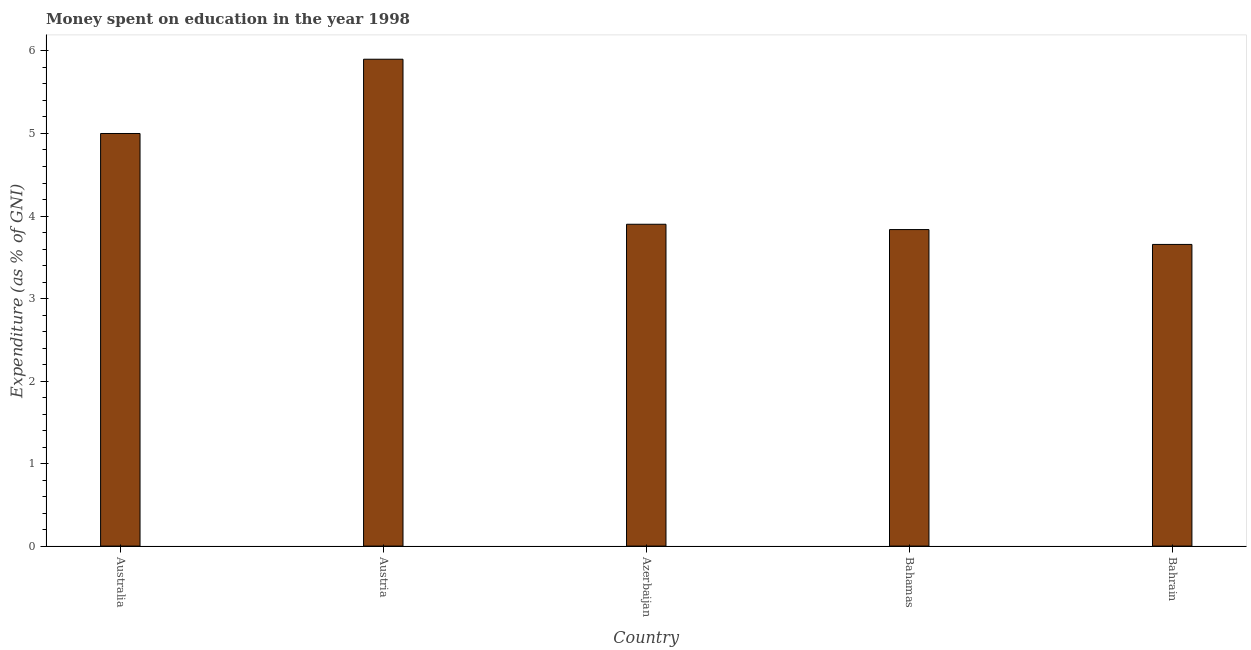
| Country | Education expenditure |
 | --- | --- |
 | Australia | 5 |
 | Austria | 5.9 |
 | Azerbaijan | 3.9 |
 | Bahamas | 3.84 |
 | Bahrain | 3.66 |